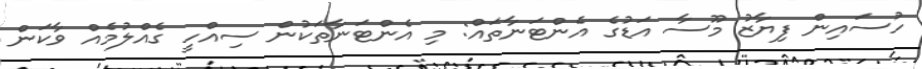
ހުސައިން ފިޔާޒު މޫސާ އަޑުގެ އެންޓަނާތައް: މި އެންޓަނާތަކުން ސިއްހީ ގެއްލުމެއް ވާކަން